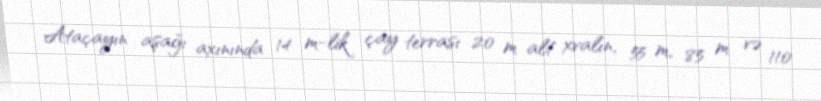
Ataçayın aşağı axınında 14 m-lik çay terrası 20 m alt xvalın, 55 m, 85 m və 110